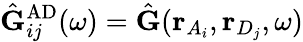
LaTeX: \hat{\mathbf{G}}_{ij}^{\mathrm{AD}}(\omega)=\hat{\mathbf{G}}(\mathbf{r}_{A_{i}},\mathbf{r}_{D_{j}},\omega)